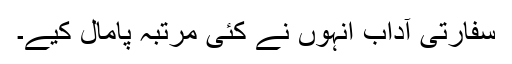
سفارتی آداب انہوں نے کئی مرتبہ پامال کیے۔